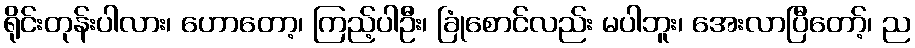
ရိုင်းတုန်းပါလား၊ ဟောတော့၊ ကြည့်ပါဦး၊ ခြုံစောင်လည်း မပါဘူး၊ အေးလာပြီတော့်၊ ည